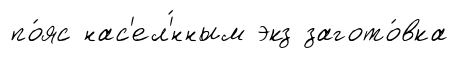
по́яс нас'ел'́нным экз загото́вка